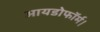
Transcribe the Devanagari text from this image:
आयडोफॉर्म।